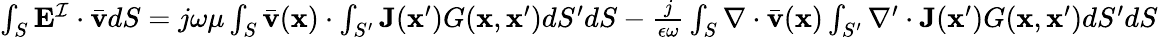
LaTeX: \begin{array}{r}{\int_{S}\mathbf{E}^{\mathcal{I}}\cdot\bar{\mathbf{v}}dS=j\omega\mu\int_{S}\bar{\mathbf{v}}(\mathbf{x})\cdot\int_{S^{\prime}}\mathbf{J}(\mathbf{x}^{\prime})G(\mathbf{x},\mathbf{x}^{\prime})dS^{\prime}dS-\frac{j}{\epsilon\omega}\int_{S}\nabla\cdot\bar{\mathbf{v}}(\mathbf{x})\int_{S^{\prime}}\nabla^{\prime}\cdot\mathbf{J}(\mathbf{x}^{\prime})G(\mathbf{x},\mathbf{x}^{\prime})dS^{\prime}dS}\end{array}